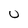
Character: U